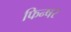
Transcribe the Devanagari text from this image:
फिन्षर